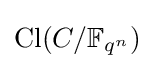
\operatorname {Cl} (C/\mathbb {F} _{q^{n}})